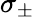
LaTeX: \sigma_{\pm}